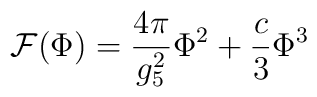
{\cal F}(\Phi )=\frac{4\pi }{g_{5}^{2}}\Phi ^{2}+\frac{c}{3}\Phi ^{3}